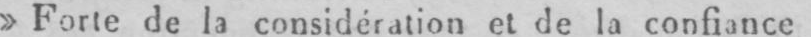
»Forte de la considération et de la confiance